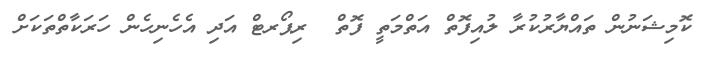
ކޮމިޝަނުން ތައްޔާރުކުރާ ލުއިފޮތް އަތްމަތީ ފޮތް  ރިޕޯރޓް އަދި އެހެނިހެން ހަރަކާތްތަކަށް